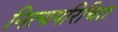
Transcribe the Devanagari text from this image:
नित्यपरिचित